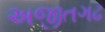
અજીતગઢ